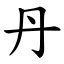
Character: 丹